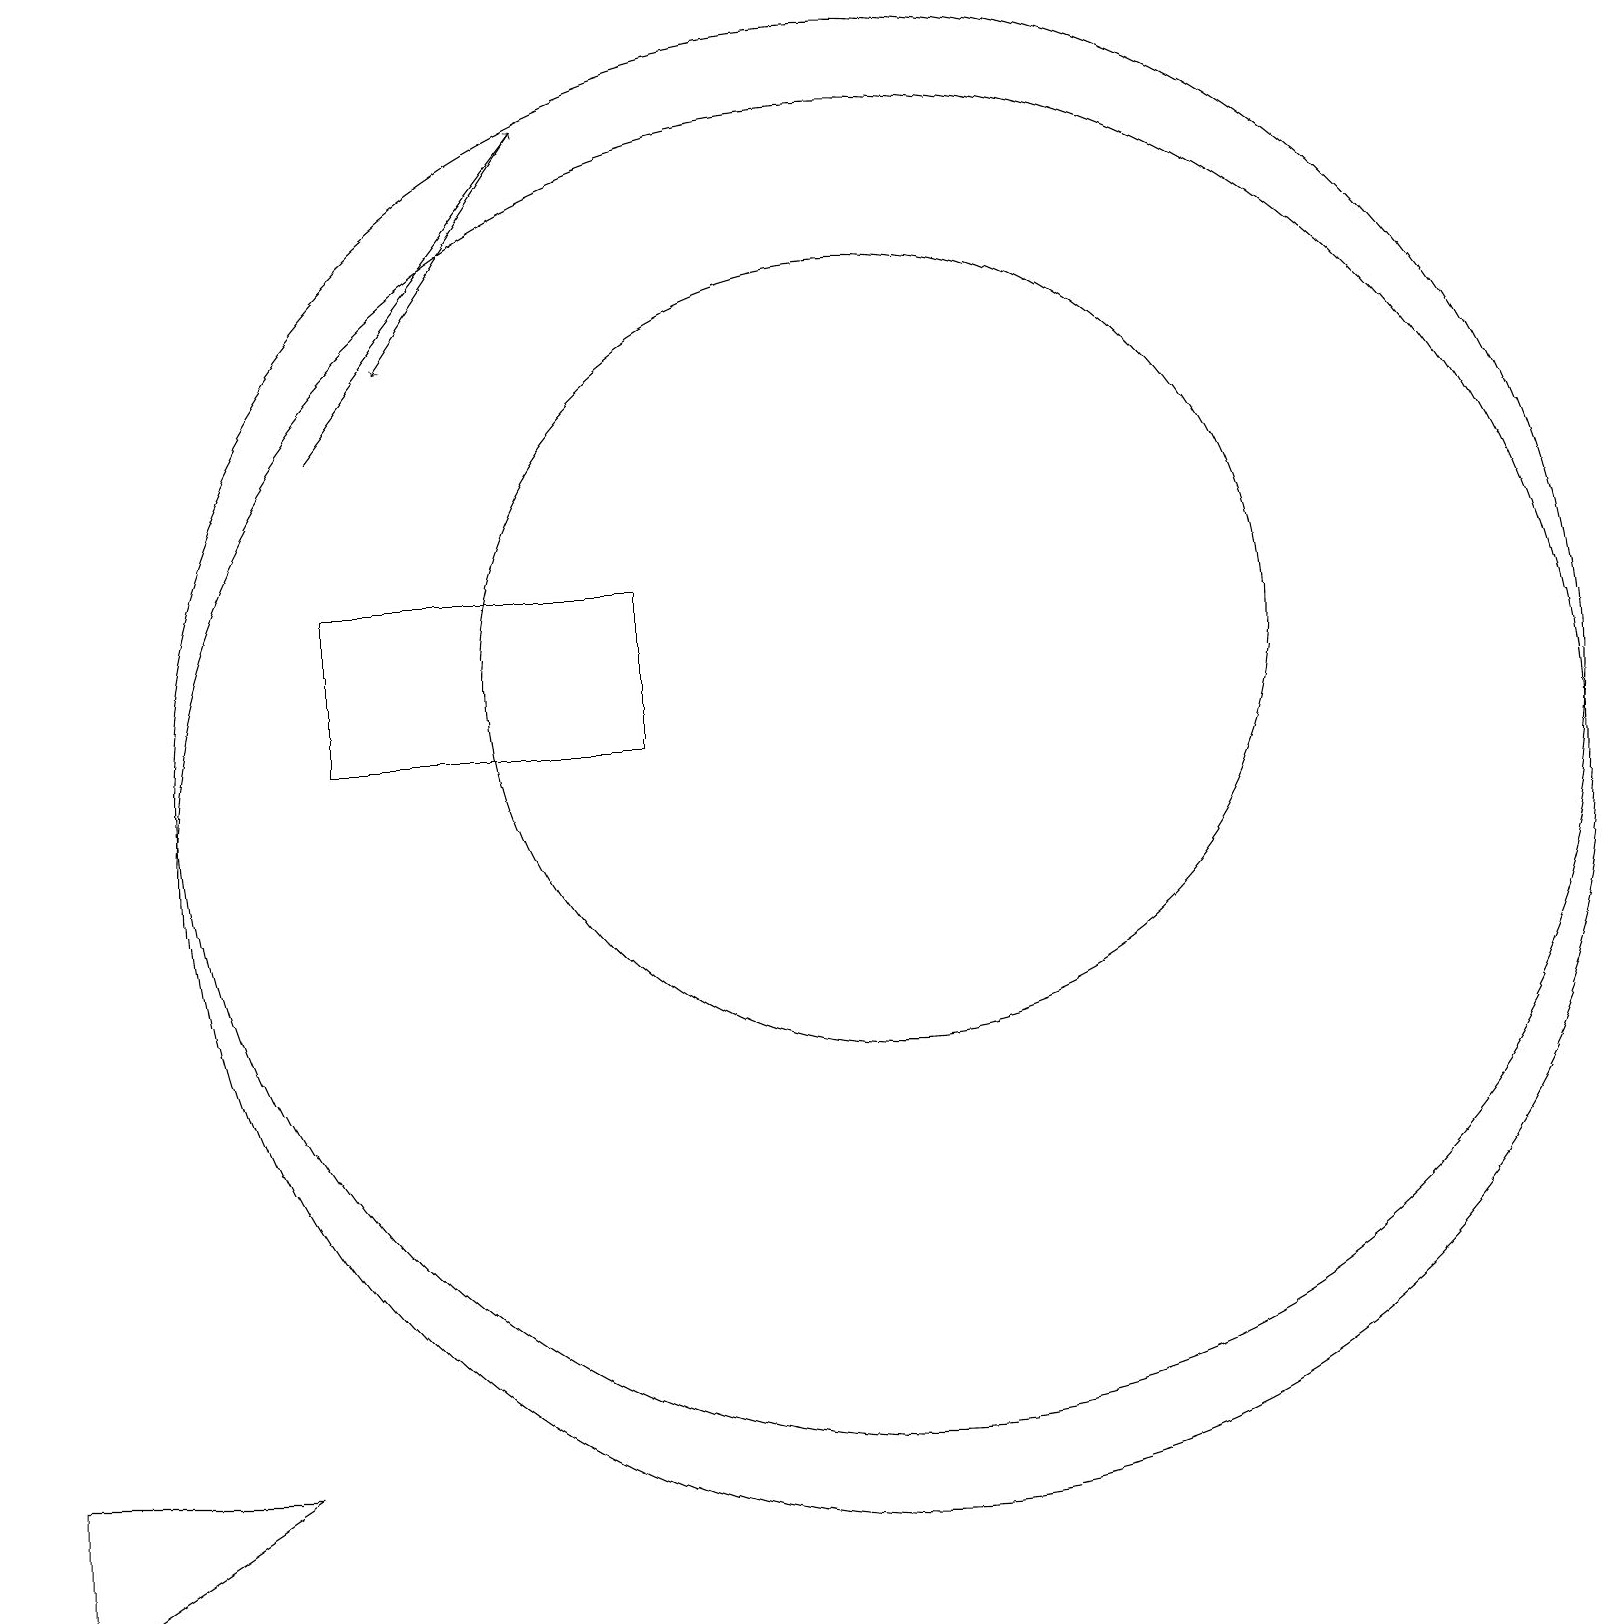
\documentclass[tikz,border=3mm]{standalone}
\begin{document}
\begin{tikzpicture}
\draw (11,12) circle (5);
\draw (11,11) circle (9);
\draw[->] (4,15) -- (7,19);
\draw[->] (7,19) -- (5,16);
\draw (4,13) rectangle (8,11);
\draw (0,2) -- (3,2) -- (0,0) -- cycle;
\draw (11,10) circle (9);
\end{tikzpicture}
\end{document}